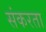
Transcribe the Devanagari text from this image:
संकरता